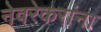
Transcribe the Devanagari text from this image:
नेवरेकरांना